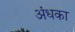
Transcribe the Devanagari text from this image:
अंधका